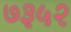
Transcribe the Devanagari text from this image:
७३५२